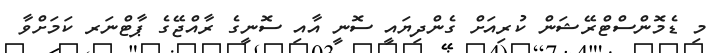
މި ޑެމޮންސްޓްރޭޝަން ކުރިއަށް ގެންދިޔައީ ސޮނީ އާއި ސޮނީގެ ރާއްޖޭގެ ޕާޓްނަރ ކަމަށްވާ